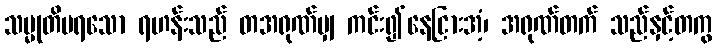
သမ္မုတိမရသော ရဟန်းသည် တအရုဏ်မျှ ကင်း၍နေငြားအံ့၊ အရုဏ်တက် သည်နှင့်တကွ